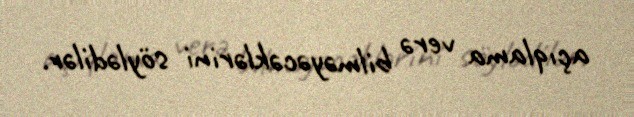
açıqlama verə bilməyəcəklərini söylədilər.